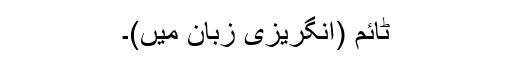
ٹائم (انگریزی زبان میں)۔